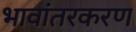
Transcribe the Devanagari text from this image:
भावांतरकरण